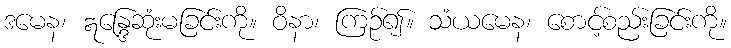
ဒမေန၊ ဣန္ဒြေဆုံးမခြင်းကို။ ဝိနာ၊ ကြဉ်၍။ သံယမေန၊ စောင့်စည်းခြင်းကို။